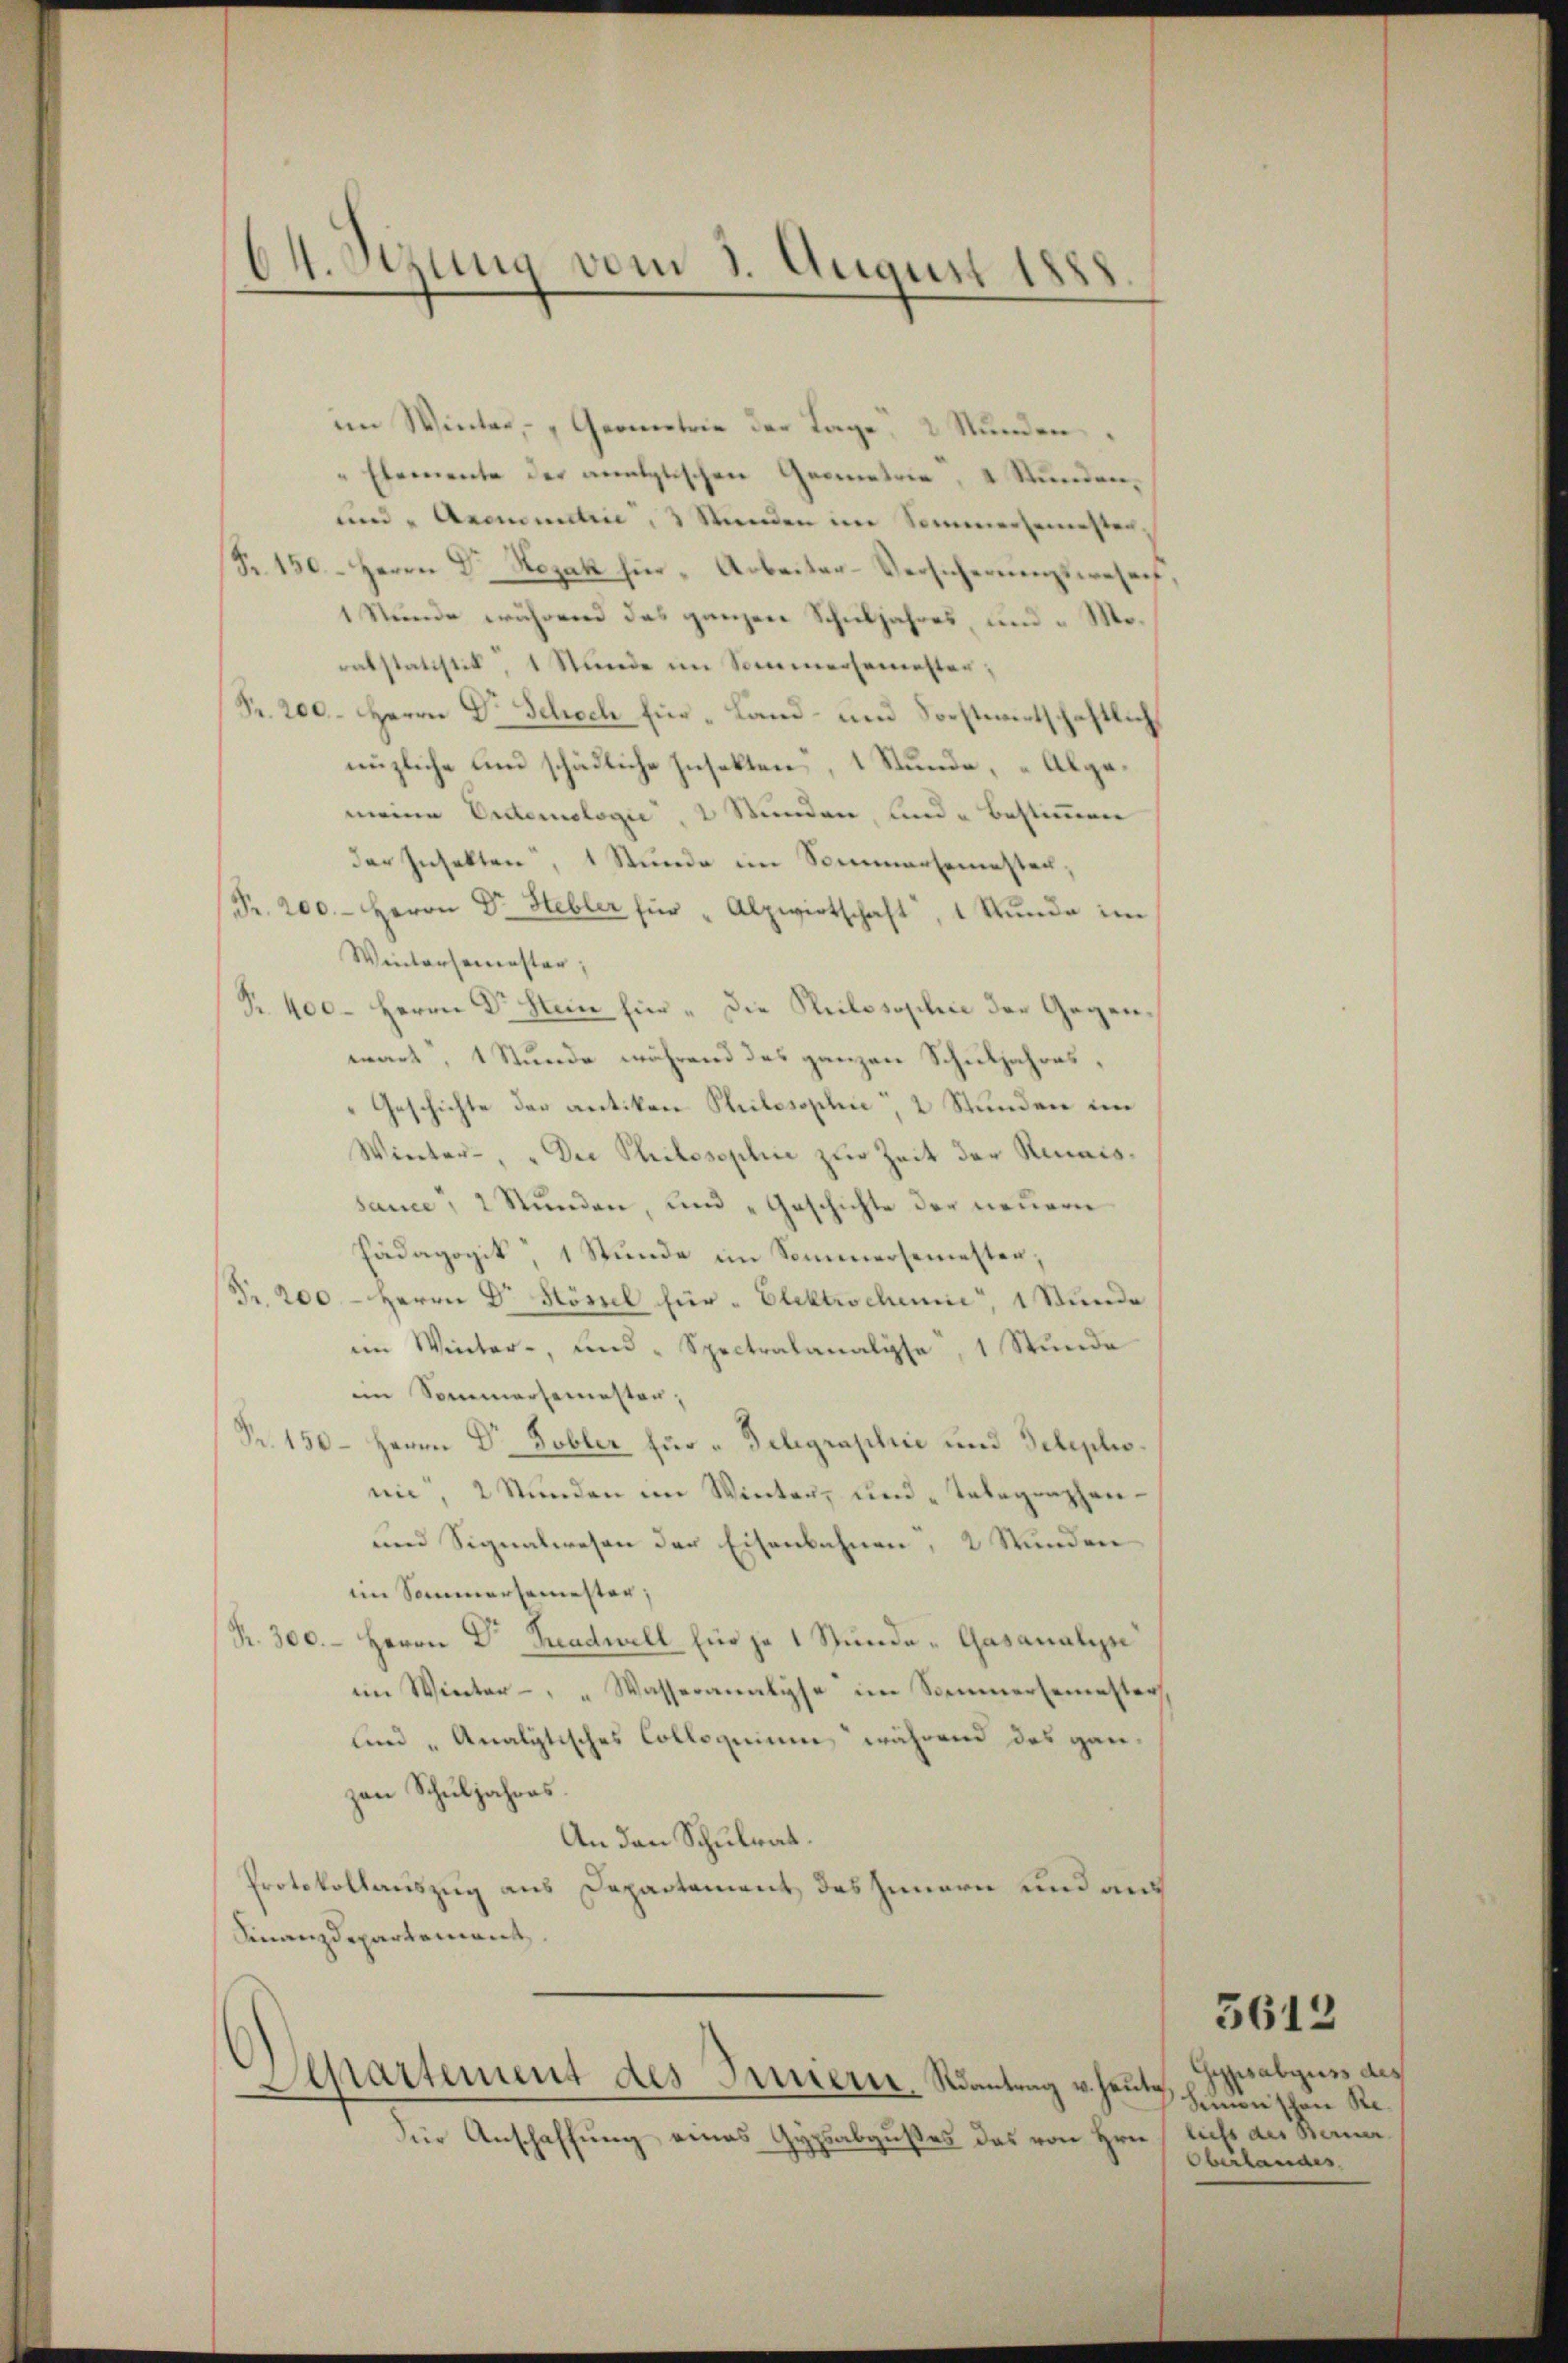
64. Sizung vom 3. August 1888.

im Winter, - „Geometrie der Tage 2 Stunden
" Elemente der analytischen Geometrie, 4 Stunden,
und Aromantine, 3 Stunden im Sommersemester,
Fr. 150. Herrn Dr. Hozak für Arbeiter-Versicherŭngswesen,
1 Stunde während das ganzen Schuljahres, und Morabstatistik, 1 Stunde im Sommersemester;
Pr. 200. Herrn Dr. Schoch hier - Land- und Sorstwirtschaftli
nüzliche und schädliche Insekten, 1 Stunde, Abgemeine Erdemologie, 2 Stunden, sind bestimmen
der Insekten, 1 Stunde im Semmersemesten,
Fr. 200. Herrn Dr. Hebler für "Alpwirtschaft, 1 Stŭnde im
Wintersemester,
R. 400. Herrn Dr Stein hin. Die Philosophie der Gegenwart, 1 Stunde während des ganzen Schuljahres,
Geschichte der antiken Stuilosophie, 2 Stunden im
Winter- " Der Philosophie zur Zeit der Renaissauce, 2 Stunden, und „Geschichte der neuern
Pädagogik 1 Stunde im Sommersemesten,
Fr. 200. - Herrn Dr. Hösel für Elektrochenie, 1 Stunde
im Winter- und " Spectralanalyse, 1 Stunde
im Sommersemester,
Pr. 150 – Herrn Dr. Tobler für Telegraphie und Telephomie, 2 Stunden im Winter- und Telegraphen¬
und Signalwesen der Eisenbahnen, 2 Stunden
im Sommersemester;
R. 300.- Herrn Dr Tradwell für je 1 Stunde-Gasanalyse
im Winter " " Wasseranalyse im Sommersemester,
und „Analytisches Colloquium während das ganzan Schuljahres.
An den Schulrat.
Protokollauszug aus Departement des Innern und auf
Finanzdepartement

dür Anschaffung eines Gypsabgußes das von Hrn. liefs des Berner¬

Departement des Innern-Nantrag u. heute.

Gypsabguss des
Simon schen Re¬
Oberlandes

3612